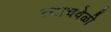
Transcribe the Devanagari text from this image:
त्‍याचवेळी